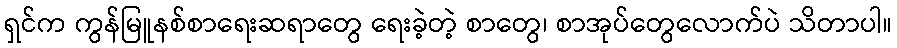
ရှင်က ကွန်မြူနစ်စာရေးဆရာတွေ ရေးခဲ့တဲ့ စာတွေ၊ စာအုပ်တွေလောက်ပဲ သိတာပါ။